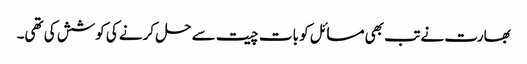
بھارت نے تب بھی مسائل کو بات چیت سے حل کرنے کی کوشش کی تھی۔